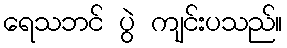
ရေသဘင် ပွဲ ကျင်းပသည်။